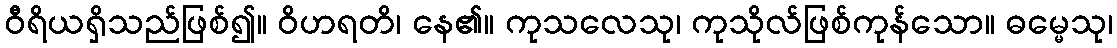
ဝီရိယရှိသည်ဖြစ်၍။ ဝိဟရတိ၊ နေ၏။ ကုသလေသု၊ ကုသိုလ်ဖြစ်ကုန်သော။ ဓမ္မေသု၊